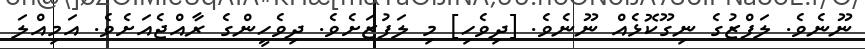
ނޫނެވެ. ލަފްޒުގެ ނިގޫކޮޅެއް ނޫނެވެ. [ދިވެހި] މި ލަފުޒަށެވެ. ދިވެހީންގެ ރާއްޖެއަށެވެ. އަމިއްލަ